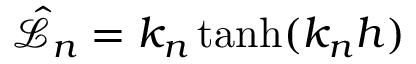
\hat { \mathscr { L } } _ { n } = k _ { n } \operatorname { t a n h } ( k _ { n } h )